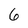
Character: 6